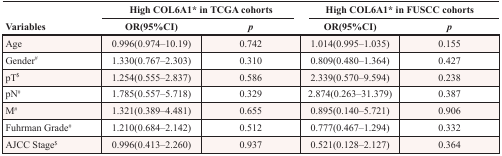
<table><thead><tr><td rowspan="2"><b>Variables</b></td><td colspan="2"><b>High COL6A1* in TCGA cohorts</b></td><td colspan="2"><b>High COL6A1* in FUSCC cohorts</b></td></tr><tr><td><b>OR(95%CI)</b></td><td><b><i>p</i></b></td><td><b>OR(95%CI)</b></td><td><b><i>p</i></b></td></tr></thead><tbody><tr><td>Age</td><td>0.996(0.974–10.19)</td><td>0.742</td><td>1.014(0.995–1.035)</td><td>0.155</td></tr><tr><td>Gender<sup>#</sup></td><td>1.330(0.767–2.303)</td><td>0.310</td><td>0.809(0.480–1.364)</td><td>0.427</td></tr><tr><td>pT<sup>$</sup></td><td>1.254(0.555–2.837)</td><td>0.586</td><td>2.339(0.570–9.594)</td><td>0.238</td></tr><tr><td>pN<sup>#</sup></td><td>1.785(0.557–5.718)</td><td>0.329</td><td>2.874(0.263–31.379)</td><td>0.387</td></tr><tr><td>M<sup>#</sup></td><td>1.321(0.389–4.481)</td><td>0.655</td><td>0.895(0.140–5.721)</td><td>0.906</td></tr><tr><td>Fuhrman Grade<sup>#</sup></td><td>1.210(0.684–2.142)</td><td>0.512</td><td>0.777(0.467–1.294)</td><td>0.332</td></tr><tr><td>AJCC Stage<sup>$</sup></td><td>0.996(0.413–2.260)</td><td>0.937</td><td>0.521(0.128–2.127)</td><td>0.364</td></tr></tbody></table>